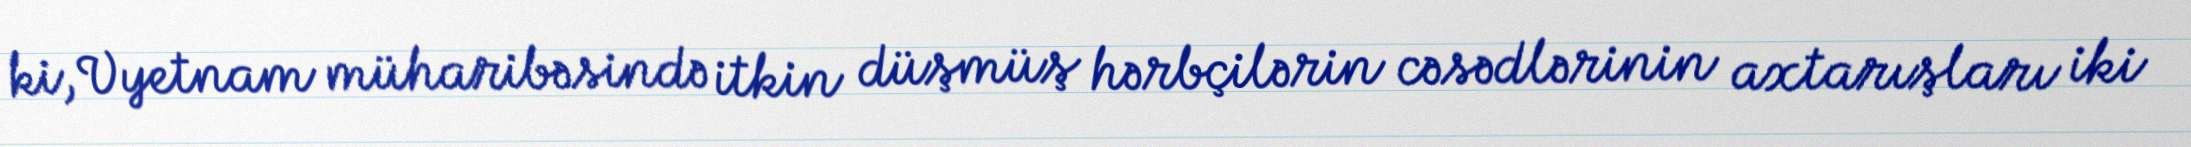
ki, Vyetnam müharibəsində itkin düşmüş hərbçilərin cəsədlərinin axtarışları iki